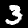
Label: 3